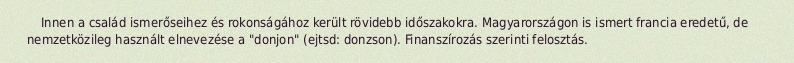
Innen a család ismerőseihez és rokonságához került rövidebb időszakokra. Magyarországon is ismert francia eredetű, de nemzetközileg használt elnevezése a "donjon" (ejtsd: donzson). Finanszírozás szerinti felosztás.